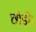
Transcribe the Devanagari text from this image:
छोड़ो।